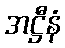
အဋ္ဌီနံ